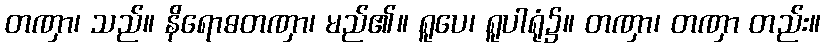
တဏှာ၊ သည်။ နိရောဓတဏှာ၊ မည်၏။ ရူပေ၊ ရူပါရုံ၌။ တဏှာ၊ တဏှာ တည်း။